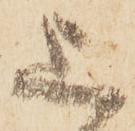
上